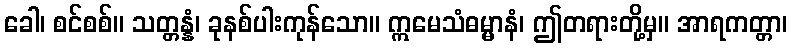
ခေါ၊ စင်စစ်။ သတ္တန္နံ၊ ခုနစ်ပါးကုန်သော။ ဣမေသံဓမ္မာနံ၊ ဤတရားတို့မှ။ အာရကတ္တာ၊